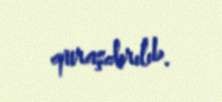
quraşdırılıb.